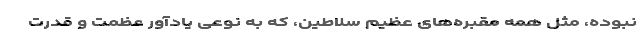
نبوده، مثل همه مقبره‌های عظیم سلاطین، که به نوعی یادآور عظمت و قدرت